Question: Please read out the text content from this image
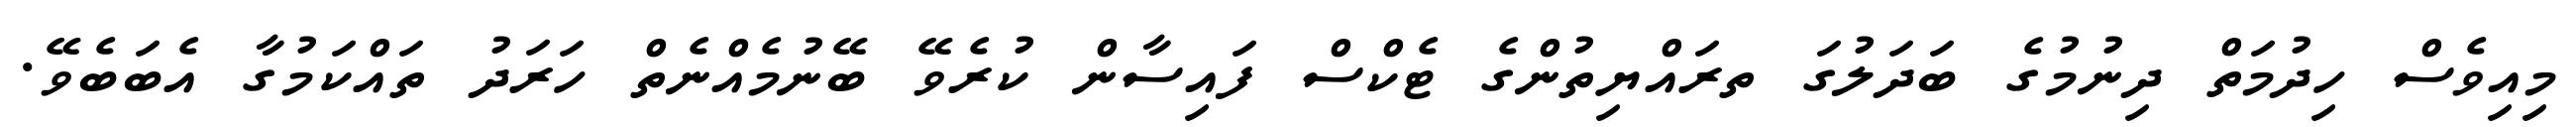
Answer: މިއިވެސް ހިދުމަތް ދިނުމުގެ ބަދަލުގަ ތރައްޔިތުންގެ ޓެކްސް ފައިސާން ކުރެވޭ ބޭނުމެއްނެތް ހަރަދު ތައްކަމުގާ އެބަބެވޭ.